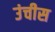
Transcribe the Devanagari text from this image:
उंचीस